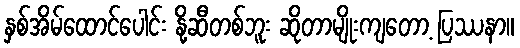
နှစ်အိမ်ထောင်ပေါင်း နို့ဆီတစ်ဘူး ဆိုတာမျိုးကျတော့ ပြဿနာ။